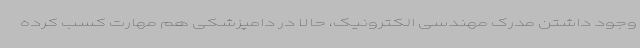
وجود داشتن مدرک مهندسی الکترونیک، حالا در دامپزشکی هم مهارت کسب کرده